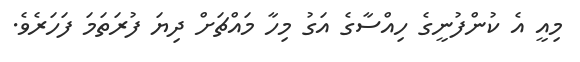
މިއީ އެ ކުންފުނީގެ ހިއްސާގެ އަގު މިހާ މައްޗަށް ދިޔަ ފުރަތަމަ ފަހަރެވެ.